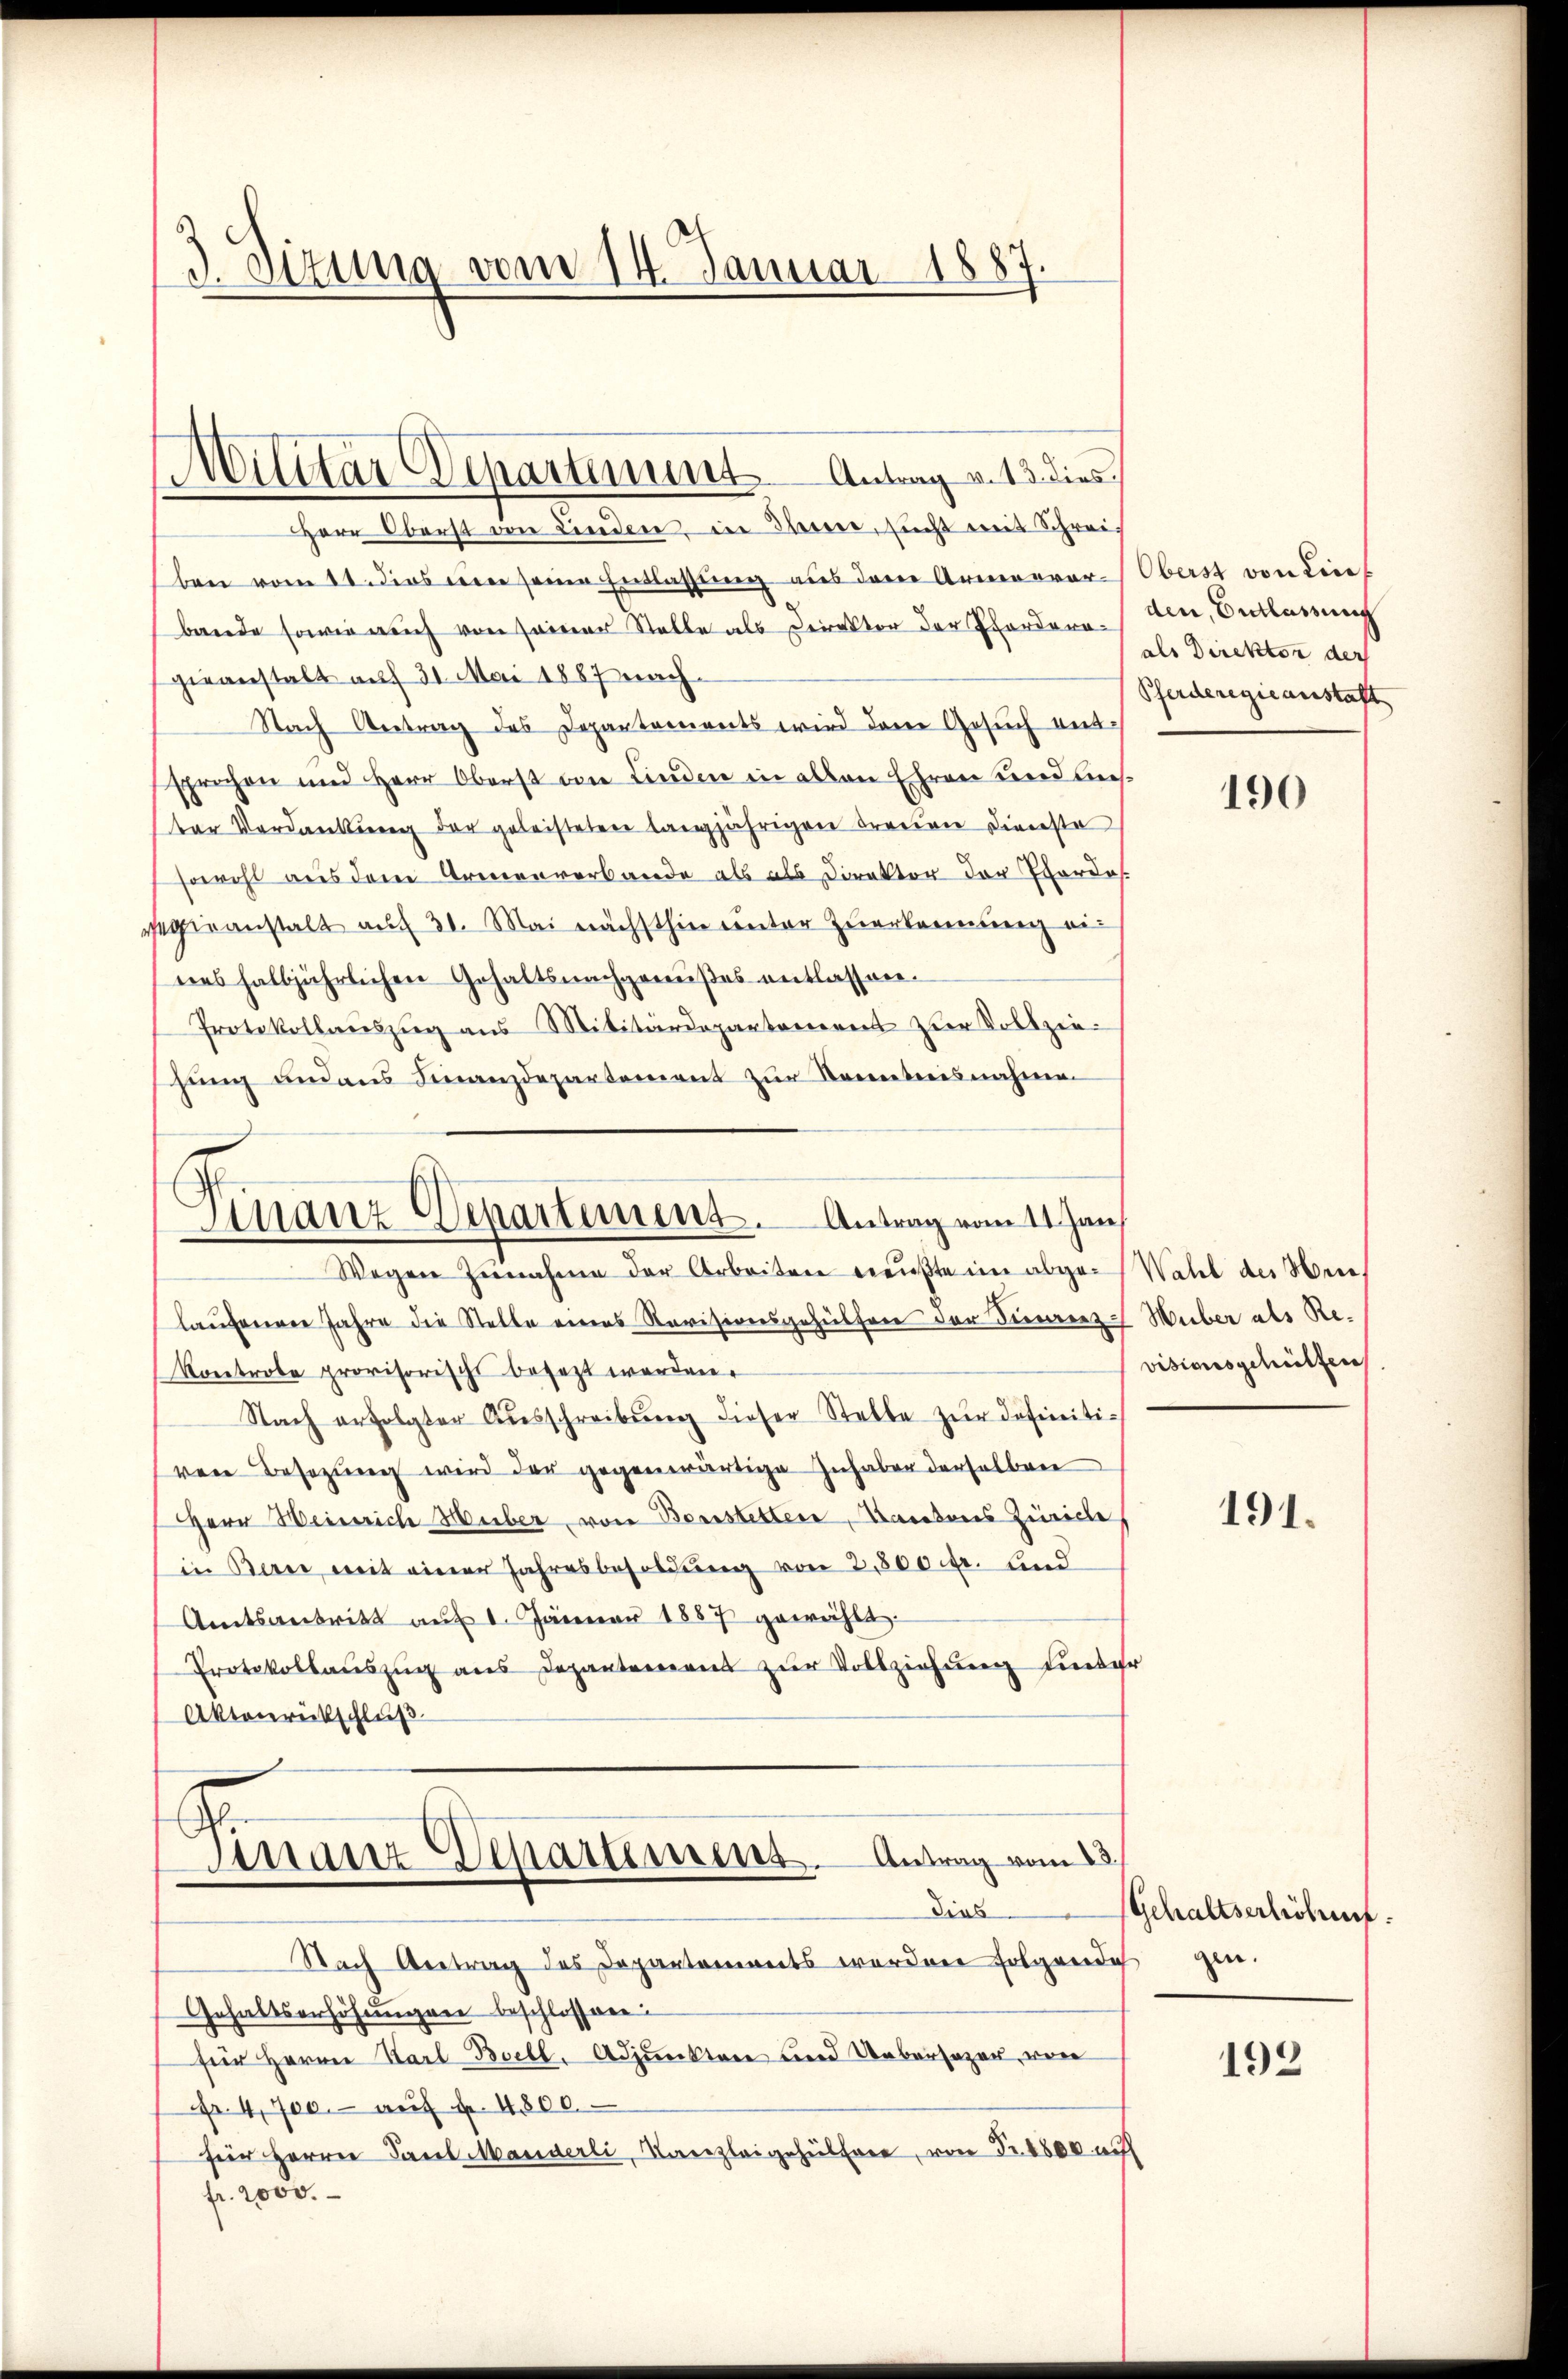
3. Sizung vom 14. Januar 1887

Herr Oberst von Lindere in Theere, sucht mit Schreiben vom 11. dies ein seine Entlassung aus dere Armenvar-Oberst von Lie
bande sowie auch von seiner Stelle als Direktor der Pforderagieanstalt auf 31. Mai 1887 nach¬
Nach Antrag des Departements wird dem Gesuch entsprechen und Herr Oberst von Linden in allen Ehren und Auster Verdankung der geleisteten langjährigen Freien Dienste
sowohl aus dem Armenverbande als als Direktor der Vordes
gieanstalt auf 31. Mai nächsthin unter Zuerkennung eines halbjährlichen Gehaltsnachgenußes entlassen.
Protokollaŭszŭg aŭs Militärdepantoneren zur Vollzie-
sung anders Finanzdepartement zur Kenntnisnahmen.
Finanz-Departement. Antrag vom 11. Jan
Wegen Zunahme der Arbeiten mußte im abge-Wahl des Hrn.
laŭfenen Jahre die Stelle eines Revisionsgehülfen der Sinnerenz-Weiber als Re¬
Kontrobe provisorische besagt worden.
Nach erfolgter Aŭsschreibŭng dieser Stelle zŭr definitiven Besezung wird der gegenwärtige Inhaber derselben
Herr Heinrich Huber, von Bernstetter, Kantons Zürich
in Bern, mit einer Jahresbesoldŭng von 3,800 fr. und
Amtsantritt aŭf 1. Jänner 1887 gewählt.
Protokollauszug aus Depantement zur Vollziehung unter
Aktonrückschluß

Militar Departiment Antrag v. 13. dies

Finanz-Departimens. Antrag vom 23.
dies

Nach Antrag des Departements worden folgende gen.
Gehaltserhöhungen beschlossen:
für Herrn Karl Boell, Adjunktere und Uebersagen, von
Fr. 4, 700.- aŭf u. 4800.
für Herrn Paul Manderli, Kanzleigehülfer, von Fr. 1800 auf
fr. 2000.

den, Entlassung
als Direktor der
Pferderegie anstaft

190

visionsgehülfen

191.

Gehaltserlichung.

192